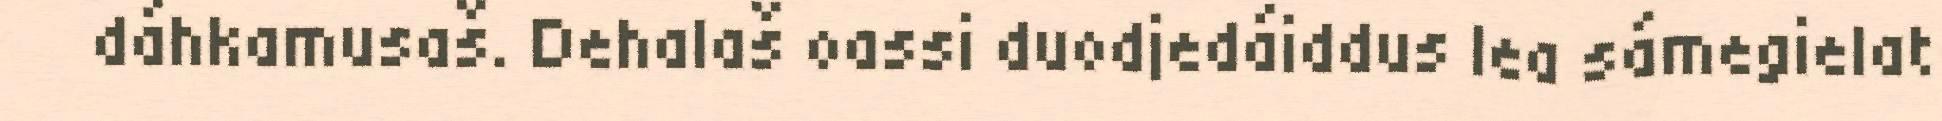
dáhkamusaš. Dehalaš oassi duodjedáiddus lea sámegielat